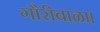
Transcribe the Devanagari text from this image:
गौरीबाळा।